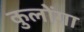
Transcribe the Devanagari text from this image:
कुलोंगा